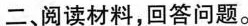
二、阅读材料，回答问题。